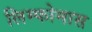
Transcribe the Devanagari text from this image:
लिम्‍फोमास